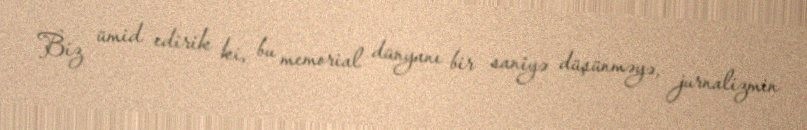
Biz ümid edirik ki, bu memorial dünyanı bir saniyə düşünməyə, jurnalizmin